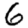
Digit: 6